Punjab Mental Hospital Lahore 1932-46 - 1932-1946
Year: 1932
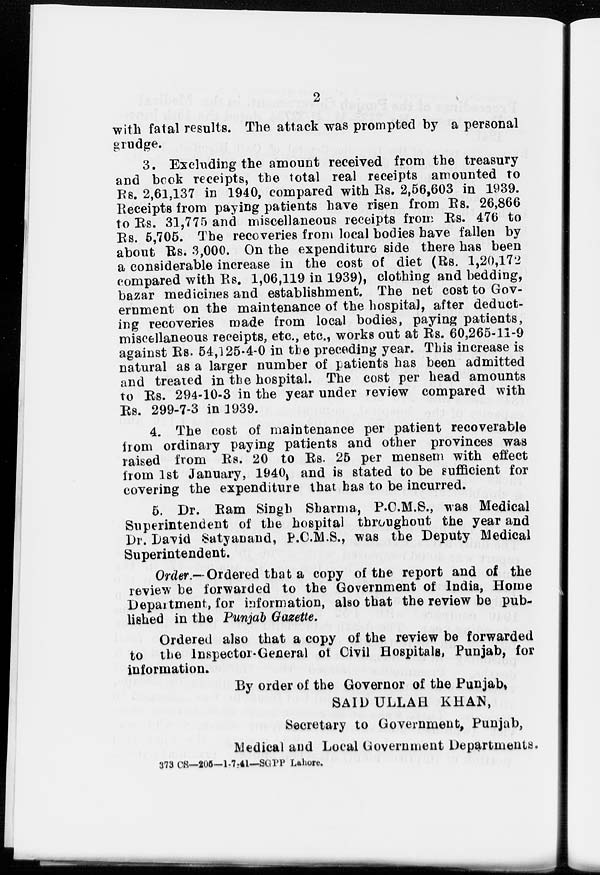
2
with fatal results. The attack was prompted by a personal
grudge.
3. Excluding the amount received from the treasury
and book receipts, the total real receipts amounted to
Rs. 2,61,137 in 1940, compared with Rs. 2,56,603 in 1939.
Receipts from paying patients have risen from Rs. 26,866
to Rs. 31,775 and miscellaneous receipts from Rs. 476 to
Rs, 5,705. The recoveries from local bodies have fallen by
about Rs. 3,000. On the expenditure side there has been
a considerable increase in the cost of diet (Rs. 1,20,172
compared with Rs. 1,06,119 in 1939), clothing and bedding,
bazar medicines and establishment. The net cost to Gov-
ernment on the maintenance of the hospital, after deduct-
ing recoveries made from local bodies, paying patients,
miscellaneous receipts, etc., etc., works out at Rs. 60,265-11-9
against Rs. 54,125-4-0 in the preceding year. This increase is
natural as a larger number of patients has been admitted
and treated in the hospital. The cost per head amounts
to Rs. 294-10-3 in the year under review compared with
Rs. 299-7-3 in 1939.
4. The cost of maintenance per patient recoverable
from ordinary paying patients and other provinces was
raised from Rs. 20 to Rs. 25 per mensem with effect
from 1st January, 1940, and is stated to be sufficient for
covering the expenditure that has to be incurred.
5. Dr. Ram Singh Sharma, P.C.M.S., was Medical
Superintendent of the hospital throughout the year and
Dr. David Satyanand, P.C.M.S., was the Deputy Medical
Superintendent.
Order.— Ordered that a copy of the report and of the
review be forwarded to the Government of India, Home
Department, for information, also that the review be pub-
lished in the Punjab Gazette.
Ordered also that a copy of the review be forwarded
to the Inspector-General of Civil Hospitals, Punjab, for
information.
By order of the Governor of the Punjab,
SAID ULLAH KHAN,
Secretary to Government, Punjab,
Medical and Local Government Departments.
373 CS–205—1-7-41—SGPP Lahore.